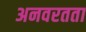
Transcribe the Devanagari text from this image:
अनवरतता